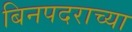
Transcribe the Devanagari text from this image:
बिनपदराच्या